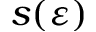
s ( \varepsilon )